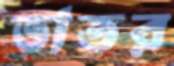
ভাতর